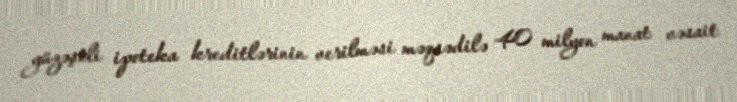
güzəştli ipoteka kreditlərinin verilməsi məqsədilə 40 milyon manat vəsait